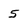
Character: 5